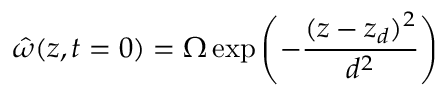
\hat { \omega } ( z , t = 0 ) = \Omega \exp \left( - \frac { ( z - z _ { d } ) ^ { 2 } } { d ^ { 2 } } \right)